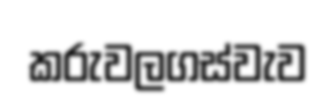
කරුවලගස්වැව